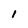
Character: 1